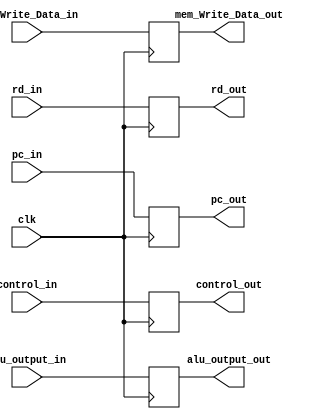
module Reg_ex_mem(control_out,alu_output_out,mem_Write_Data_out,rd_out,pc_out,
                  control_in,alu_output_in,mem_Write_Data_in,rd_in,pc_in,clk);
    output reg [4:0] control_out;
    output reg [31:0] alu_output_out;
    output reg [31:0] mem_Write_Data_out;
    output reg [4:0] rd_out;
    output reg [14:0] pc_out;
    input wire [14:0] pc_in;
    input wire [4:0] control_in;
    input wire [31:0] alu_output_in;
    input wire [31:0] mem_Write_Data_in;
    input wire [4:0] rd_in;
    input wire clk;

    always @(posedge clk)begin
        control_out <= control_in;
        alu_output_out <= alu_output_in;
        mem_Write_Data_out <= mem_Write_Data_in;
        rd_out <= rd_in;
        pc_out <= pc_in;
    end
endmodule